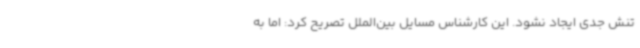
تنش جدی ایجاد نشود. این کارشناس مسایل بین‌الملل تصریح کرد: اما به